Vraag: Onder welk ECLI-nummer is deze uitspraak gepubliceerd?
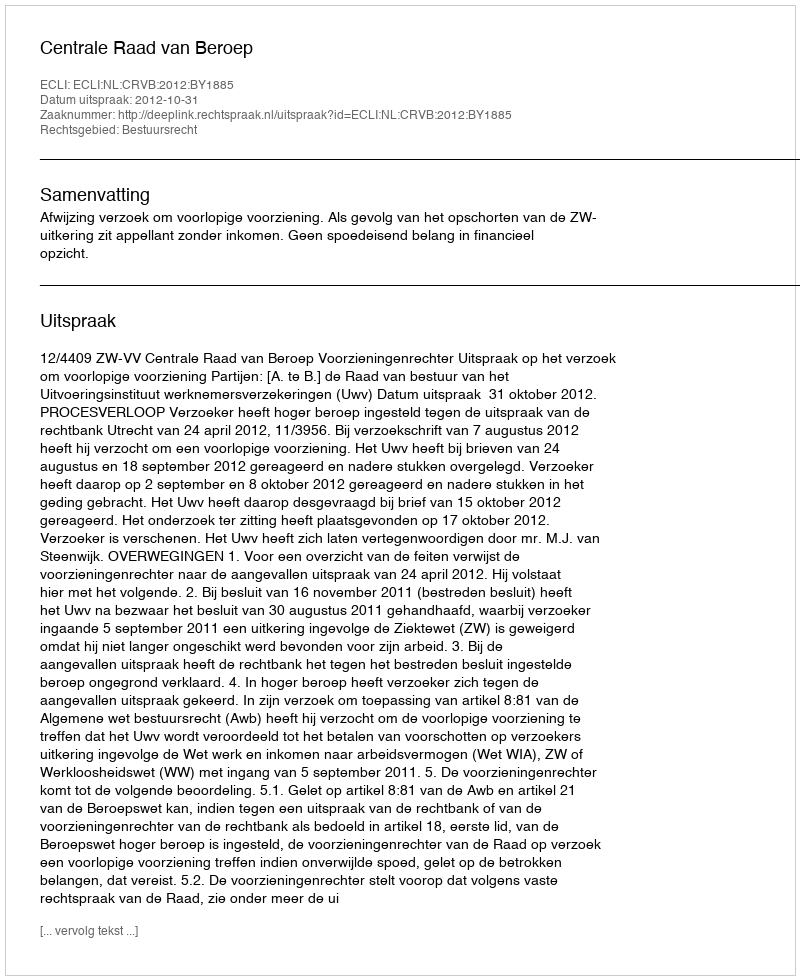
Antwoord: ECLI:NL:CRVB:2012:BY1885